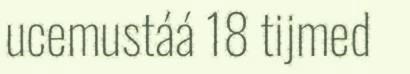
ucemustáá 18 tijmed